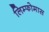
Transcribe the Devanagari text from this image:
लिम्‍फोमास